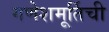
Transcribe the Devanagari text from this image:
गणेशमूर्तिची